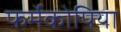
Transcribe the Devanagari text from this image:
फर्मेकोपिया